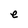
Character: e